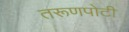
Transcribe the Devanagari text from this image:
तरूणपोटी